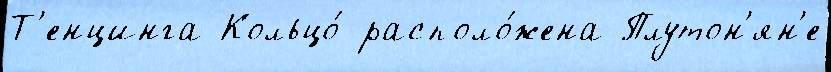
Т'енцинга Кольцо́ располо́жена Плутон'ян'е